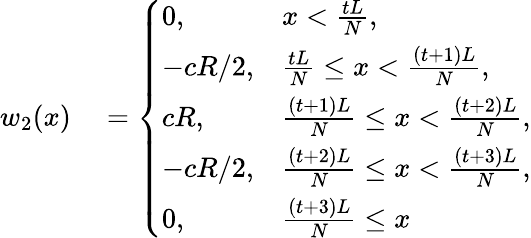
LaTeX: \begin{array}{rl}{w_{2}(x)}&{{}=\left\{ \begin{array}{ll}{0,}&{x<\frac{tL}{N},}\\ {-cR/2,}&{\frac{tL}{N}\leq x<\frac{(t+1)L}{N},}\\ {cR,}&{\frac{(t+1)L}{N}\leq x<\frac{(t+2)L}{N},}\\ {-cR/2,}&{\frac{(t+2)L}{N}\leq x<\frac{(t+3)L}{N},}\\ {0,}&{\frac{(t+3)L}{N}\leq x}\end{array}\right.}\end{array}